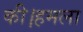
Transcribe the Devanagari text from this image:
की।हमला